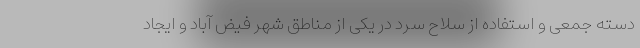
دسته جمعی و استفاده از سلاح سرد در یکی از مناطق شهر فیض آباد و ایجاد